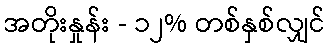
အတိုးနှုန်း - ၁၂% တစ်နှစ်လျှင်